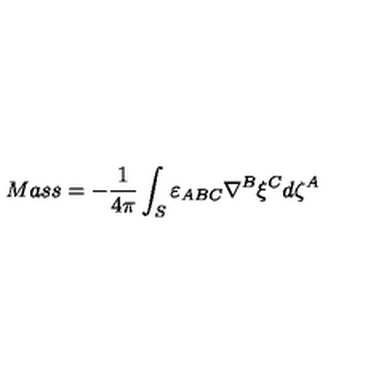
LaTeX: M a s s = - \frac { 1 } { 4 \pi } \int _ { S } \varepsilon _ { A B C } \nabla ^ { B } \xi ^ { C } d \zeta ^ { A }